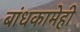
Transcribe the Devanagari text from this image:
बांधकामेही